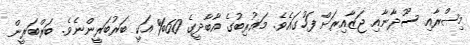
މިޞްރާއި ސޫދާނާއި ޖަޒާއިރަށް ފަހުގައެވެ. މަޣުރިބުގެ އާބާދީގެ 60% އަކީ ބަރުބަރީންނެވެ. ބަރްބަރީން